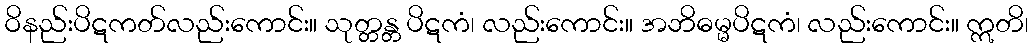
ဝိနည်းပိဋကတ်လည်းကောင်း။ သုတ္တန္တ ပိဋကံ၊ လည်းကောင်း။ အဘိဓမ္မပိဋကံ၊ လည်းကောင်း။ ဣတိ၊